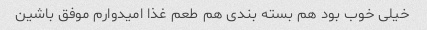
خیلی خوب بود هم بسته بندی هم طعم غذا امیدوارم موفق باشین